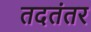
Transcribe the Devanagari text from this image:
तदतंतर